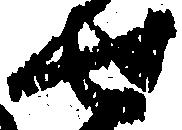
せ